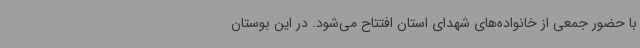
با حضور جمعی از خانواده‌های شهدای استان افتتاح می‌شود. در این بوستان